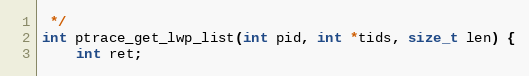
Language: C
 */
int ptrace_get_lwp_list(int pid, int *tids, size_t len) {
	int ret;